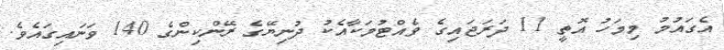
އެގައުމު މިމަހު އޮތީ 11 ދަރަޖައިގެ ވެއްޓުމަކާއެކު ދުނިޔޭގެ ރޭންކިންގެ 140 ވަނައިގައެވެ.